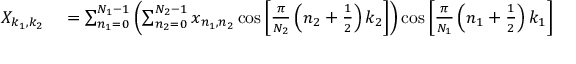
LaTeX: \begin{array} { r l } { X _ { k _ { 1 } , k _ { 2 } } } & { { } = \sum _ { n _ { 1 } = 0 } ^ { N _ { 1 } - 1 } \left( \sum _ { n _ { 2 } = 0 } ^ { N _ { 2 } - 1 } x _ { n _ { 1 } , n _ { 2 } } \cos \left[ { \frac { \pi } { N _ { 2 } } } \left( n _ { 2 } + { \frac { 1 } { 2 } } \right) k _ { 2 } \right] \right) \cos \left[ { \frac { \pi } { N _ { 1 } } } \left( n _ { 1 } + { \frac { 1 } { 2 } } \right) k _ { 1 } \right] } \end{array}